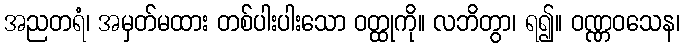
အညတရံ၊ အမှတ်မထား တစ်ပါးပါးသော ဝတ္ထုကို။ လဘိတွာ၊ ရ၍။ ဝဏ္ဏဝသေန၊